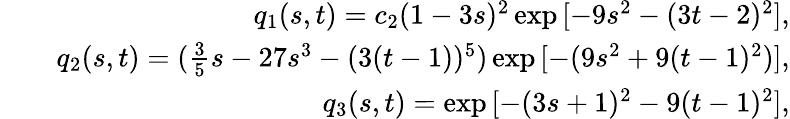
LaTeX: \begin{array}{rlr}&{}&{q_{1}(s,t)=c_{2}(1-3s)^{2}\exp{[-9s^{2}-(3t-2)^{2}]},}\\ &{}&{q_{2}(s,t)=(\frac{3}{5}s-27s^{3}-(3(t-1))^{5})\exp{[-(9s^{2}+9(t-1)^{2})]},}\\ &{}&{q_{3}(s,t)=\exp{[-(3s+1)^{2}-9(t-1)^{2}]},}\end{array}